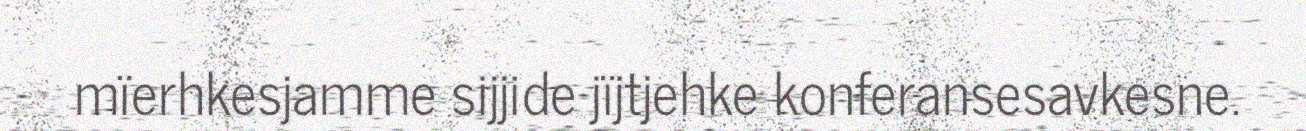
mïerhkesjamme sijjide jïjtjehke konferansesavkesne.